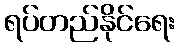
ရပ်တည်နိုင်ရေး